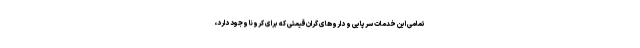
تمامی این خدمات سرپایی و داروهای گران‌قیمتی که برای کرونا وجود دارد،